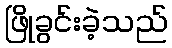
ဖြိုခွင်းခဲ့သည်